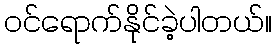
ဝင်ရောက်နိုင်ခဲ့ပါတယ်။